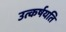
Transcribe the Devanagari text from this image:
उत्कर्षयति